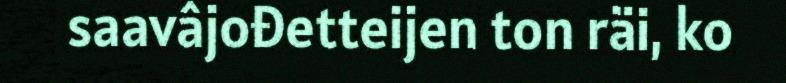
saavâjođetteijen ton räi, ko